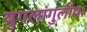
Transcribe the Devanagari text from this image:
युगलांगुलीय।